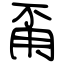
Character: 甭